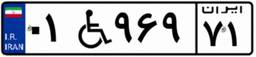
۰۱W۹۶۹۷۱